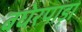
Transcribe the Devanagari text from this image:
बघेरपाड़ा